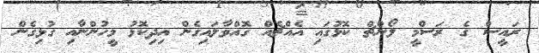
ރައީސް ގެ ރަސްމީ ލޯންޗް ކޮޅުގައި އެއްޗެއްް ގޮއްވާލައިގެން އިދިކޮޅު މީހުންނާއި ގުޅިގެން